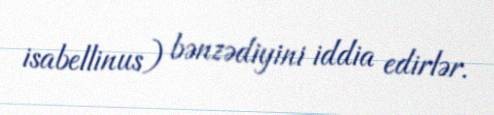
isabellinus) bənzədiyini iddia edirlər.